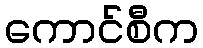
ကောင်စီက